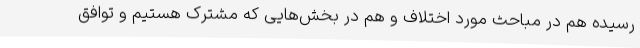
رسیده هم در مباحث مورد اختلاف و هم در بخش‌هایی که مشترک هستیم و توافق